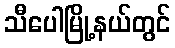
သီပေါမြို့နယ်တွင်